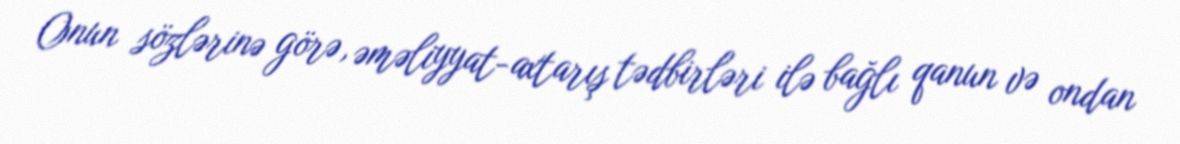
Onun sözlərinə görə, əməliyyat-axtarış tədbirləri ilə bağlı qanun və ondan